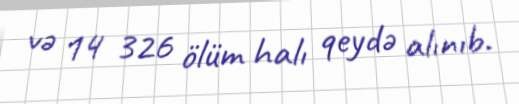
və 14 326 ölüm halı qeydə alınıb.